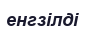
енгзілді